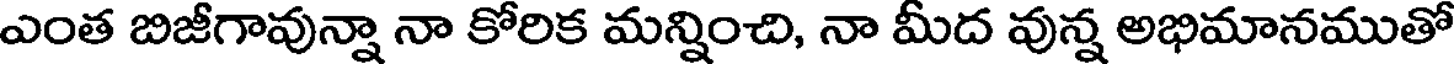
ఎంత బిజీగావున్నా నా కోరిక మన్నించి, నా మీద వున్న అభిమానముతో